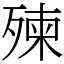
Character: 㱫